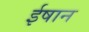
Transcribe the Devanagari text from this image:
ईषान